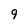
Character: 9